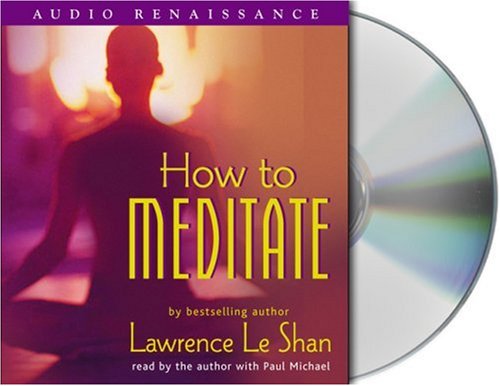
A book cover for How to Meditate, Revised and Expanded; Lawrence LeShan; Self-Help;